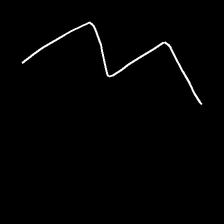
Glyph: crush